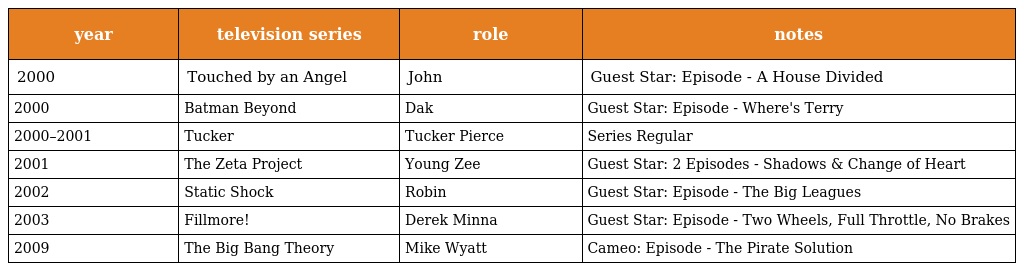
| year | television series | role | notes |
 | --- | --- | --- | --- |
 | 2000 | Touched by an Angel | John | Guest Star: Episode - A House Divided |
 | 2000 | Batman Beyond | Dak | Guest Star: Episode - Where's Terry |
 | 2000–2001 | Tucker | Tucker Pierce | Series Regular |
 | 2001 | The Zeta Project | Young Zee | Guest Star: 2 Episodes - Shadows & Change of Heart |
 | 2002 | Static Shock | Robin | Guest Star: Episode - The Big Leagues |
 | 2003 | Fillmore! | Derek Minna | Guest Star: Episode - Two Wheels, Full Throttle, No Brakes |
 | 2009 | The Big Bang Theory | Mike Wyatt | Cameo: Episode - The Pirate Solution |